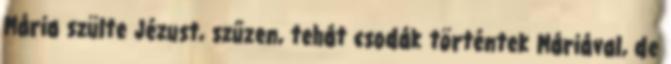
Mária szülte Jézust, szűzen, tehát csodák történtek Máriával, de